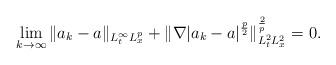
LaTeX: \begin{align*}\lim\limits_{k\rightarrow\infty}\|a_{k}-a\|_{L_{t}^{\infty}L_{x}^{p}}+\|\nabla|a_{k}-a|^{\frac{p}{2}}\|^{\frac{2}{p}}_{L^{2}_{t}L^{2}_{x}}=0.\end{align*}